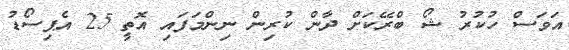
އަވަސް ހުކުރު ޝޯ ބްރޭކަށް ދާން ކުރިން ނިންމަފައި އޮތީ 25 އެޕިސޯޑު